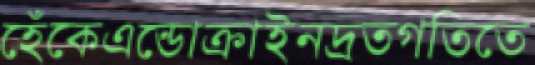
হেঁকেএন্ডোক্রাইনদ্রতগতিতে